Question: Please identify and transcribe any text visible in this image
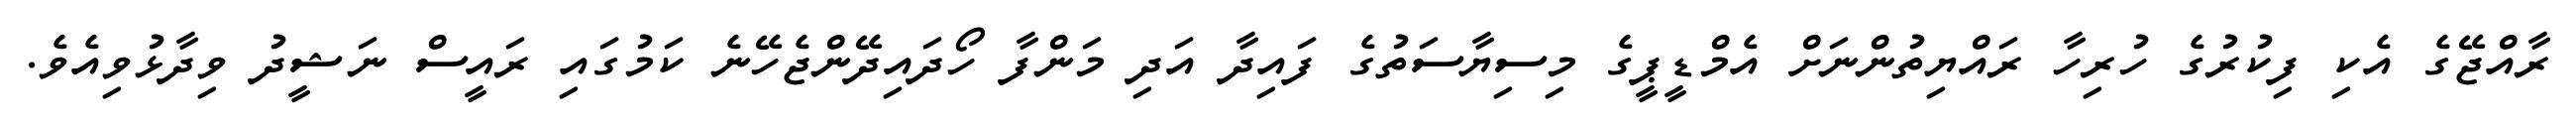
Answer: ރާއްޖޭގެ އެކި ފިކުރުގެ ހުރިހާ ރައްޔިތުންނަށް އެމްޑީޕީގެ މިސިޔާސަތުގެ ފައިދާ އަދި މަންފާ ހޯދައިދޭންޖެހޭނެ ކަމުގައި ރައީސް ނަޝީދު ވިދާޅުވިއެވެ.